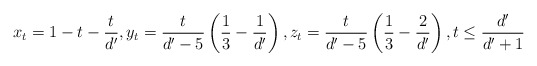
\begin{align*}x_t = 1 - t - \frac{t}{d'},y_t = \frac{t}{d'-5} \left(\frac{1}{3} - \frac{1}{d'} \right), z_t = \frac{t}{d'-5} \left( \frac{1}{3} - \frac{2}{d'} \right), t \leq \frac{d'}{d'+1}\end{align*}